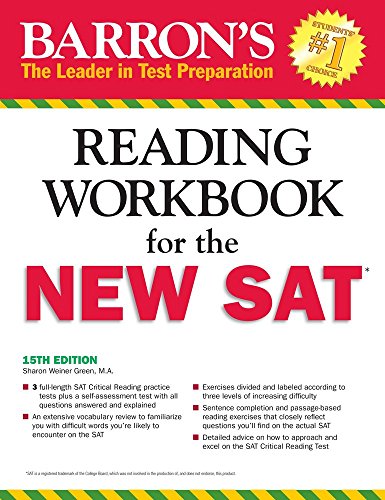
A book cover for Barron's Reading Workbook for the NEW SAT (Critical Reading Workbook for the Sat); Brian Stewart; Test Preparation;